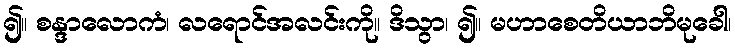
၍။ စန္ဒာလောကံ၊ လရောင်အလင်းကို။ ဒိသွာ၊ ၍။ မဟာစေတိယာဘိမုခေါ၊